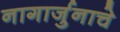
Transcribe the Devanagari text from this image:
नागार्जुनाचे